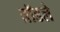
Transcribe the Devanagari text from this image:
ब्रॉडले